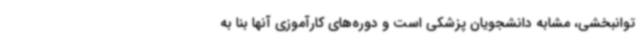
توانبخشی، مشابه دانشجویان پزشکی است و دوره‌های کارآموزی آنها بنا به